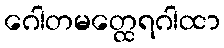
ဂေါတမတ္ထေရဂါထာ